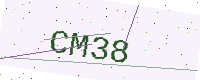
Text: CM38